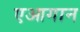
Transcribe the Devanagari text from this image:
एआगान